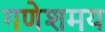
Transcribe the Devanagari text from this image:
गणेशमय